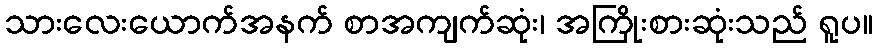
သားလေးယောက်အနက် စာအကျက်ဆုံး၊ အကြိုးစားဆုံးသည် ရူပ။